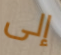
إلى